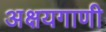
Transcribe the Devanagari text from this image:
अक्षयगाणी